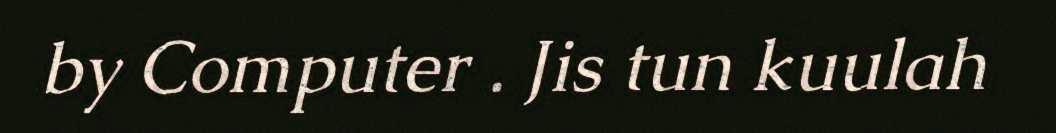
by Computer . Jis tun kuulah